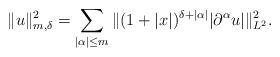
LaTeX: \begin{align*} \|u\|_{m,\delta}^2=\sum_{|\alpha|\leq m}\|(1+|x|)^{\delta+|\alpha|}|\partial^\alpha u|\|_{L^2}^2.\end{align*}